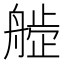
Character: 𬜙